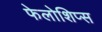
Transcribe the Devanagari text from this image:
फेलोशिप्स